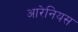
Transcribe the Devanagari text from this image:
आरेनियस